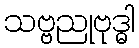
သဗ္ဗညုဗုဒ္ဓါ